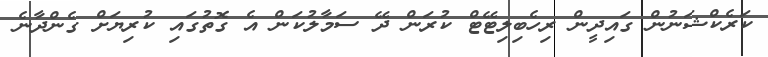
ކަރެކްޝަނުން ގައިދީން ރިހެބިލިޓޭޓް ކުރަން ދޭ ސަމާލުކަން އެ ގޮތުގައި ކުރިޔަށް ގެންދާނެ